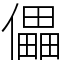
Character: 儡